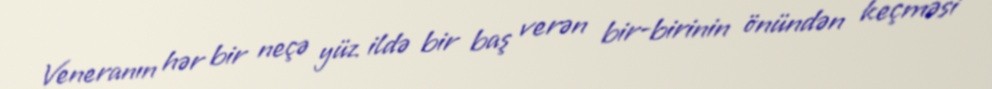
Veneranın hər bir neçə yüz ildə bir baş verən bir-birinin önündən keçməsi